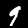
Label: 9